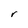
Character: r